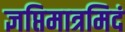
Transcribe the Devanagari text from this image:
ज्ञप्तिमात्रमिदं